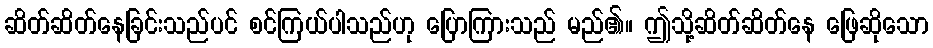
ဆိတ်ဆိတ်နေခြင်းသည်ပင် စင်ကြယ်ပါသည်ဟု ပြောကြားသည် မည်၏။ ဤသို့ဆိတ်ဆိတ်နေ ဖြေဆိုသော